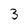
Character: 3